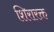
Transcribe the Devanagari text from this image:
शिरारक्त